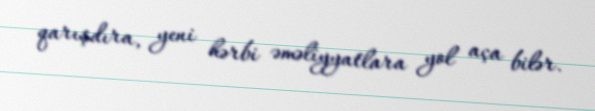
qarışdıra, yeni hərbi əməliyyatlara yol aça bilər.